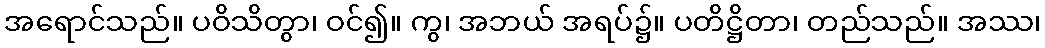
အရောင်သည်။ ပဝိသိတွာ၊ ဝင်၍။ ကွ၊ အဘယ် အရပ်၌။ ပတိဋ္ဌိတာ၊ တည်သည်။ အဿ၊